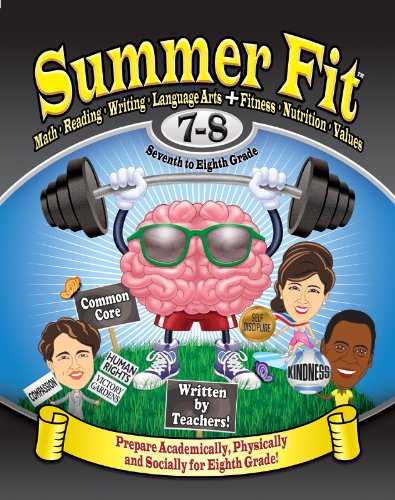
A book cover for Summer Fit Seventh to Eighth Grade: Math, Reading, Writing, Language Arts + Fitness, Nutrition and Values; Veronica Brand; Teen & Young Adult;